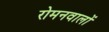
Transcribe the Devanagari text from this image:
रोमनवालों